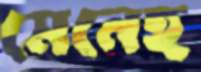
মেনেহ